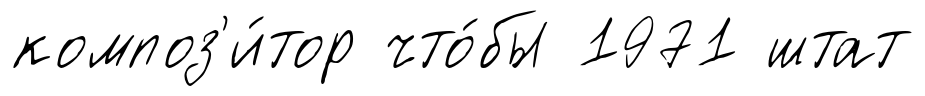
композ'и́тор что́бы 1971 штат